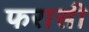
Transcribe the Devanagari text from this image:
फरासी